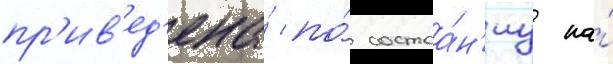
пр'ив'ед'ена́ по́ состоа́н'иу на́